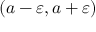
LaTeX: ( a - \varepsilon , a + \varepsilon )